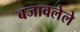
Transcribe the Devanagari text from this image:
बजावलेले